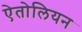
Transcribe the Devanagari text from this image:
ऐतोलियन